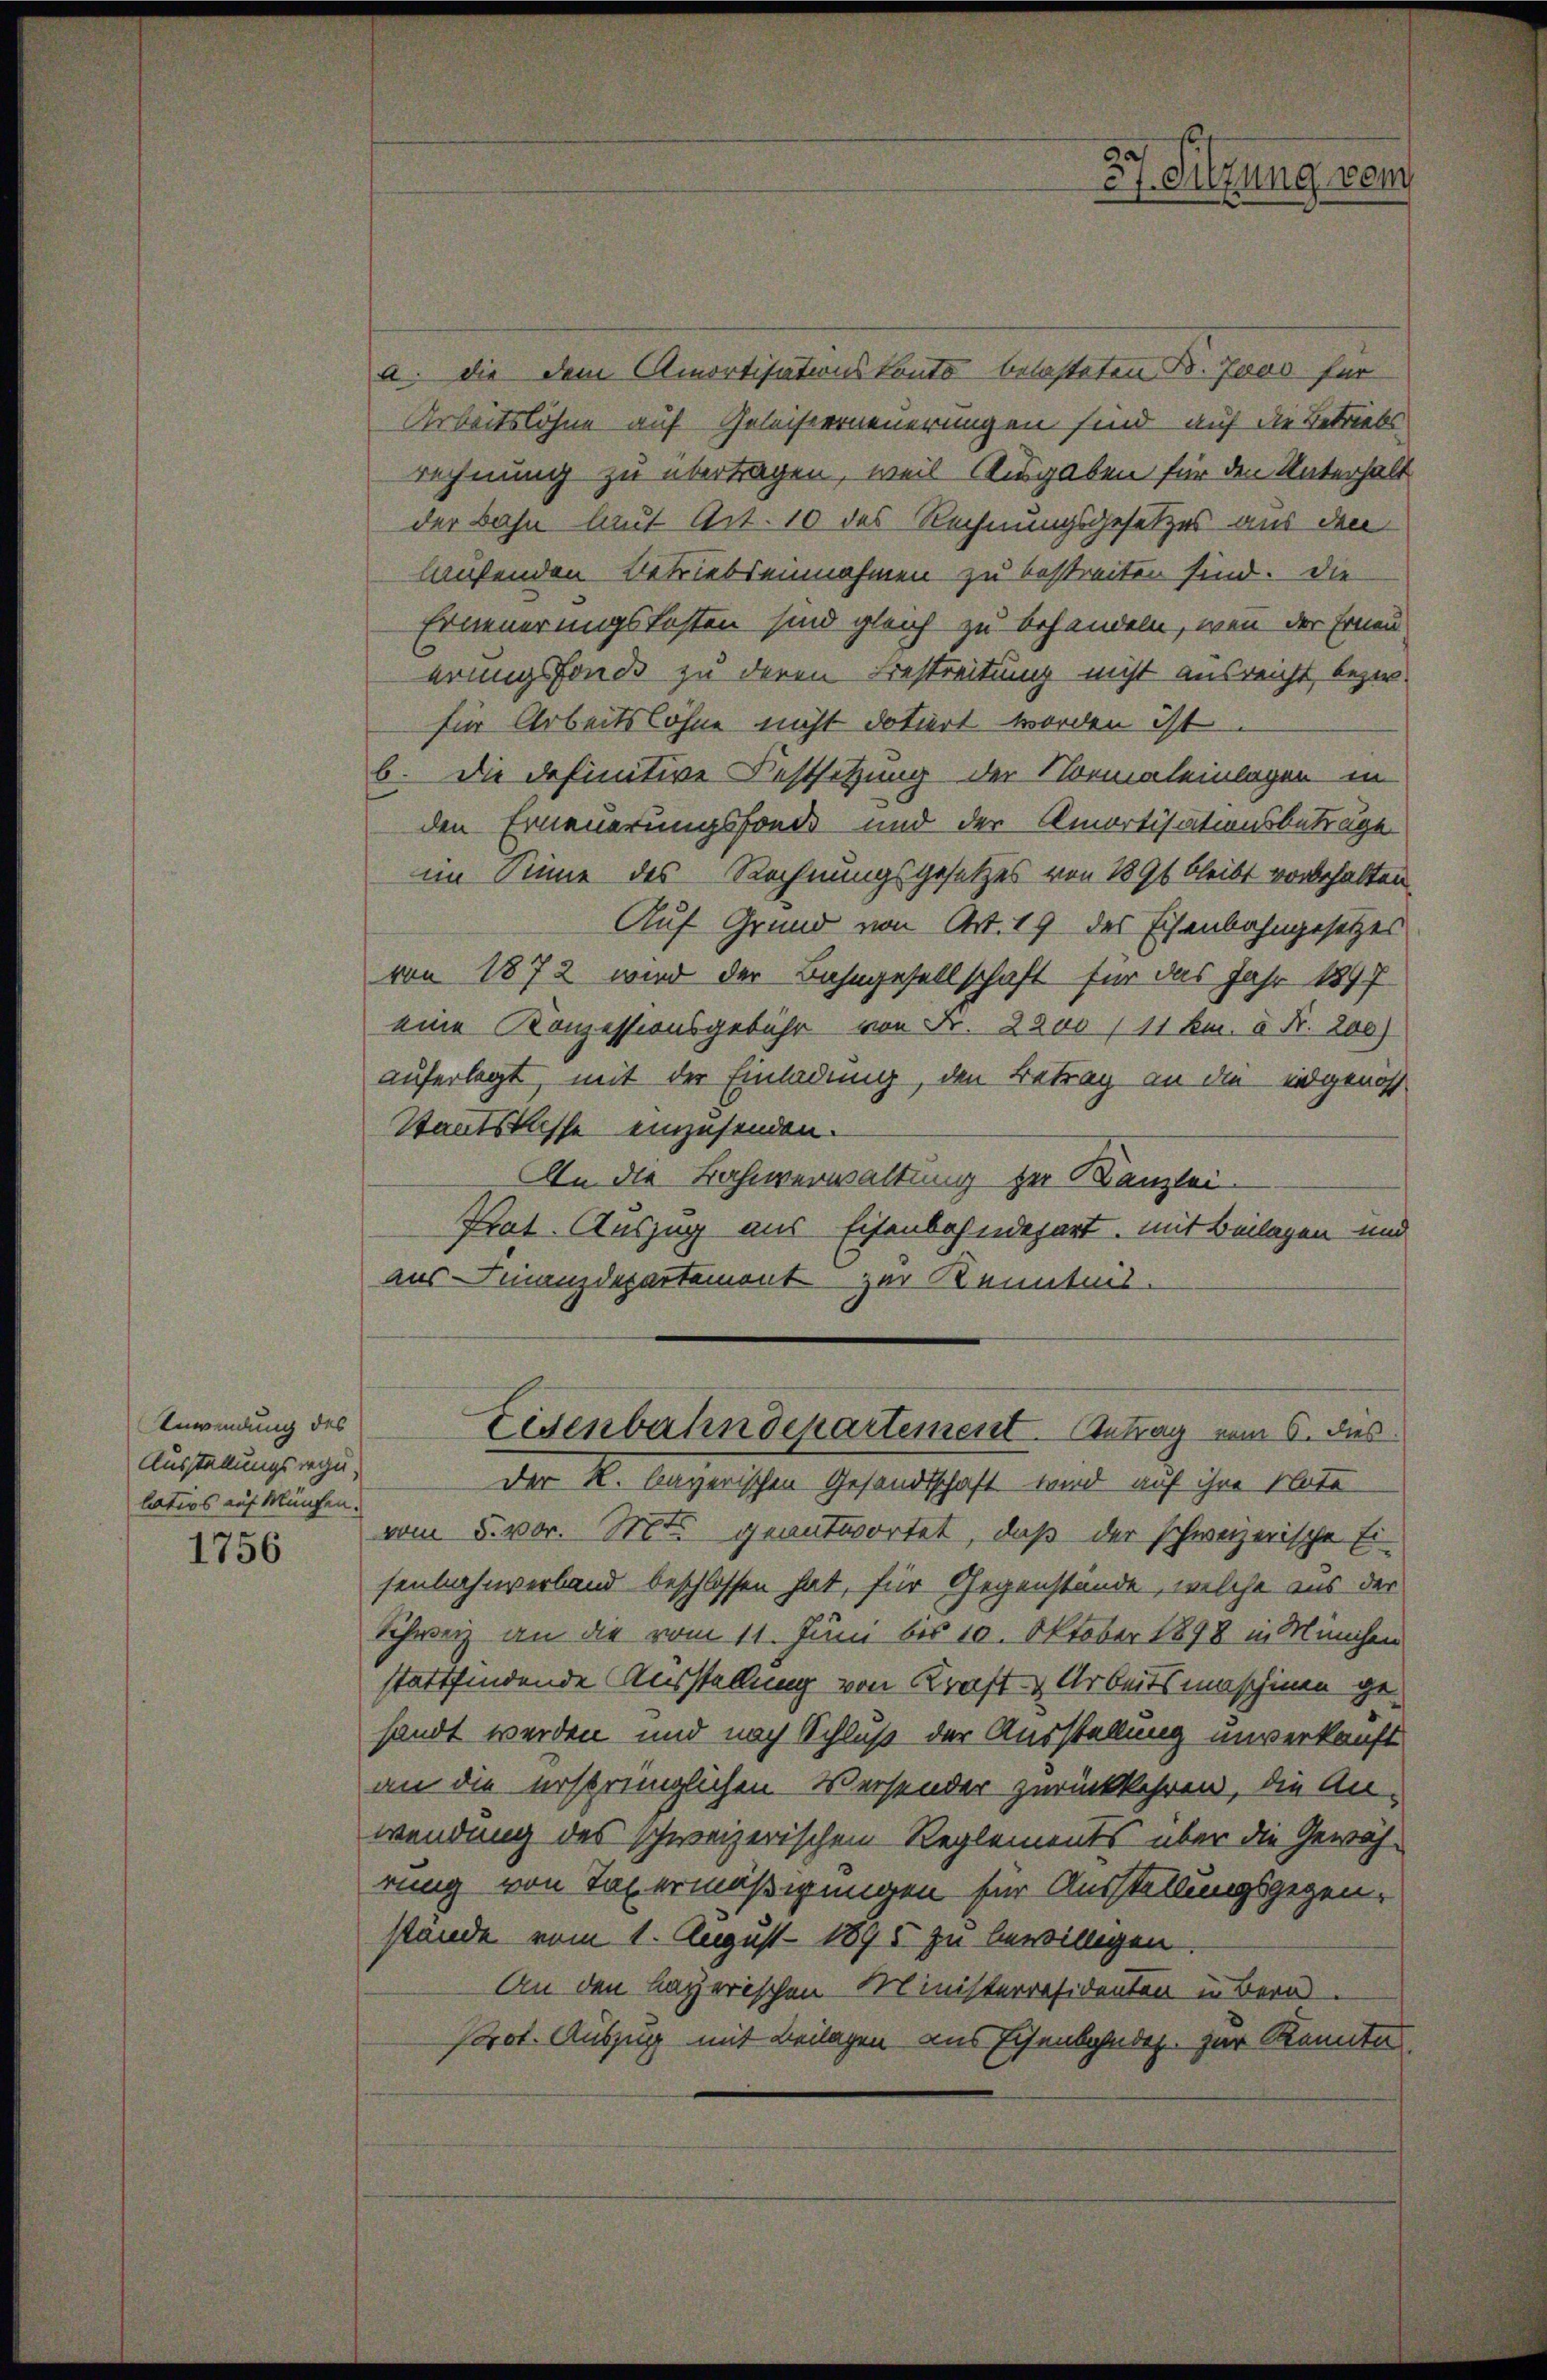
Anwendung des
Ausstellungsregilatios auf München.

1756

a. die dem Amortisationskonto belasteten B. Jans für
Arbeitslöhne auf Geleisterneuerungen sind auf die Betriebs
rechnung zu übertragen, weil Ausgaben für den Unterhalt
der Bahn laut Art. 10 des Rechnungsgesetzes aus den
laufenden Betriebseinnahmen zu bestreiten sind. Die
Erneuerungskosten sind gleich zu behandeln, wenn der Erneu
erungsfondo zu deren Bestreitung nicht ausreicht, bezw.
für Arbeitslöhne nicht dotiert worden ist
b. Die definitive Festsetzung der Normaleinlagen in
den Erneuerungsfonde und der Amortisationsbeträge
im Sinne des Rechnungsgesetzes von 1891 bleibt vorbehalten.
Auf Grund von Art. 19 des Eisenbahngesetzes
von 1872 wird der Bahngesellschaft für das Jahr 1897
eine Konzessionsgebühr von Fr. 2200/11 Fr. 5 Fr. 200)
auferlegt, mit der Einladung, den Betrag an die eidgenoss
Staatskasse einzusenden.
An die Bahnverwaltung zu Kanzlei
Prat. Auszug aus Eisenbahndepart, mit Beilagen und
aus Finanzdepartement zur Kenntnis.

37. Sitzung vom

Der K. bayerischen Gesandtschaft wird auf ihre Note
vom 5. vor. Mts. geantwortet, daß der schweizerische Ei
senbahnverband beschlossen hat, für Gegenstände, welche aus der
Schweiz an die vom 11. Juni bis 10. Oktober 1898 in München
stattfindende Ausstellung von Kraft Arbeitsmaschinen gesandt werden und nach Schluß der Ausstellung unverkauft
an die ersprünglichen Versender zurückkehren, die An-
wendung des schweizerischen Reglements über die Gewäh-
rung von Taxermäßigungen für Ausstellungsgegenstände vom 1. August 1895 zu bewilligen
An den Bayerischen Ministerresidenten in Bern.
Prot. Auszug mit Beilagen aus Eisenbandes zur Kenntn

Eisenbahndepartement. Antrag vom 6. dies